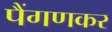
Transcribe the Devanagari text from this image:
पैंगणकर